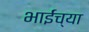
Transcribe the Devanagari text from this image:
भाईंच्या